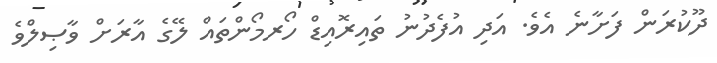
ދޫކުރަން ފަށާނެ އެވެ. އަދި އުފެދުނު ތައިރޮއިޑް ހޯރމޯންތައް ލޭގެ އާރަށް ވާޞިލްވެ